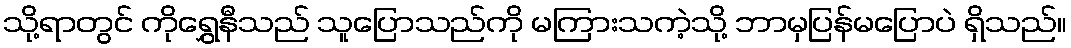
သို့ရာတွင် ကိုရွှေနီသည် သူပြောသည်ကို မကြားသကဲ့သို့ ဘာမှပြန်မပြောပဲ ရှိသည်။